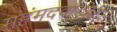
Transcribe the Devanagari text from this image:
महंमदवाडीतील